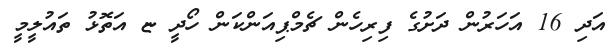
އަދި 16 އަހަރުން ދަށުގެ ފިރިހެން ޗެމްޕިއަންކަން ހޯދީ ޏ އަތޮޅު ތައުލީމީ